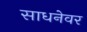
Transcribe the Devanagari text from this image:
साधनेवर